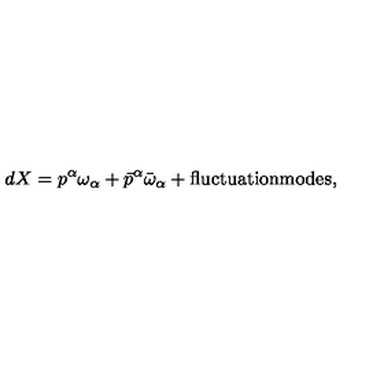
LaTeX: d X = p ^ { \alpha } \omega _ { \alpha } + \bar { p } ^ { \alpha } \bar { \omega } _ { \alpha } + \mathrm { f l u c t u a t i o n m o d e s } ,